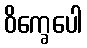
ဝိက္ခေပေါ